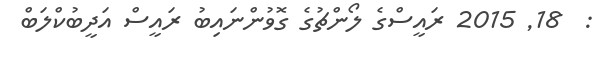
:  18